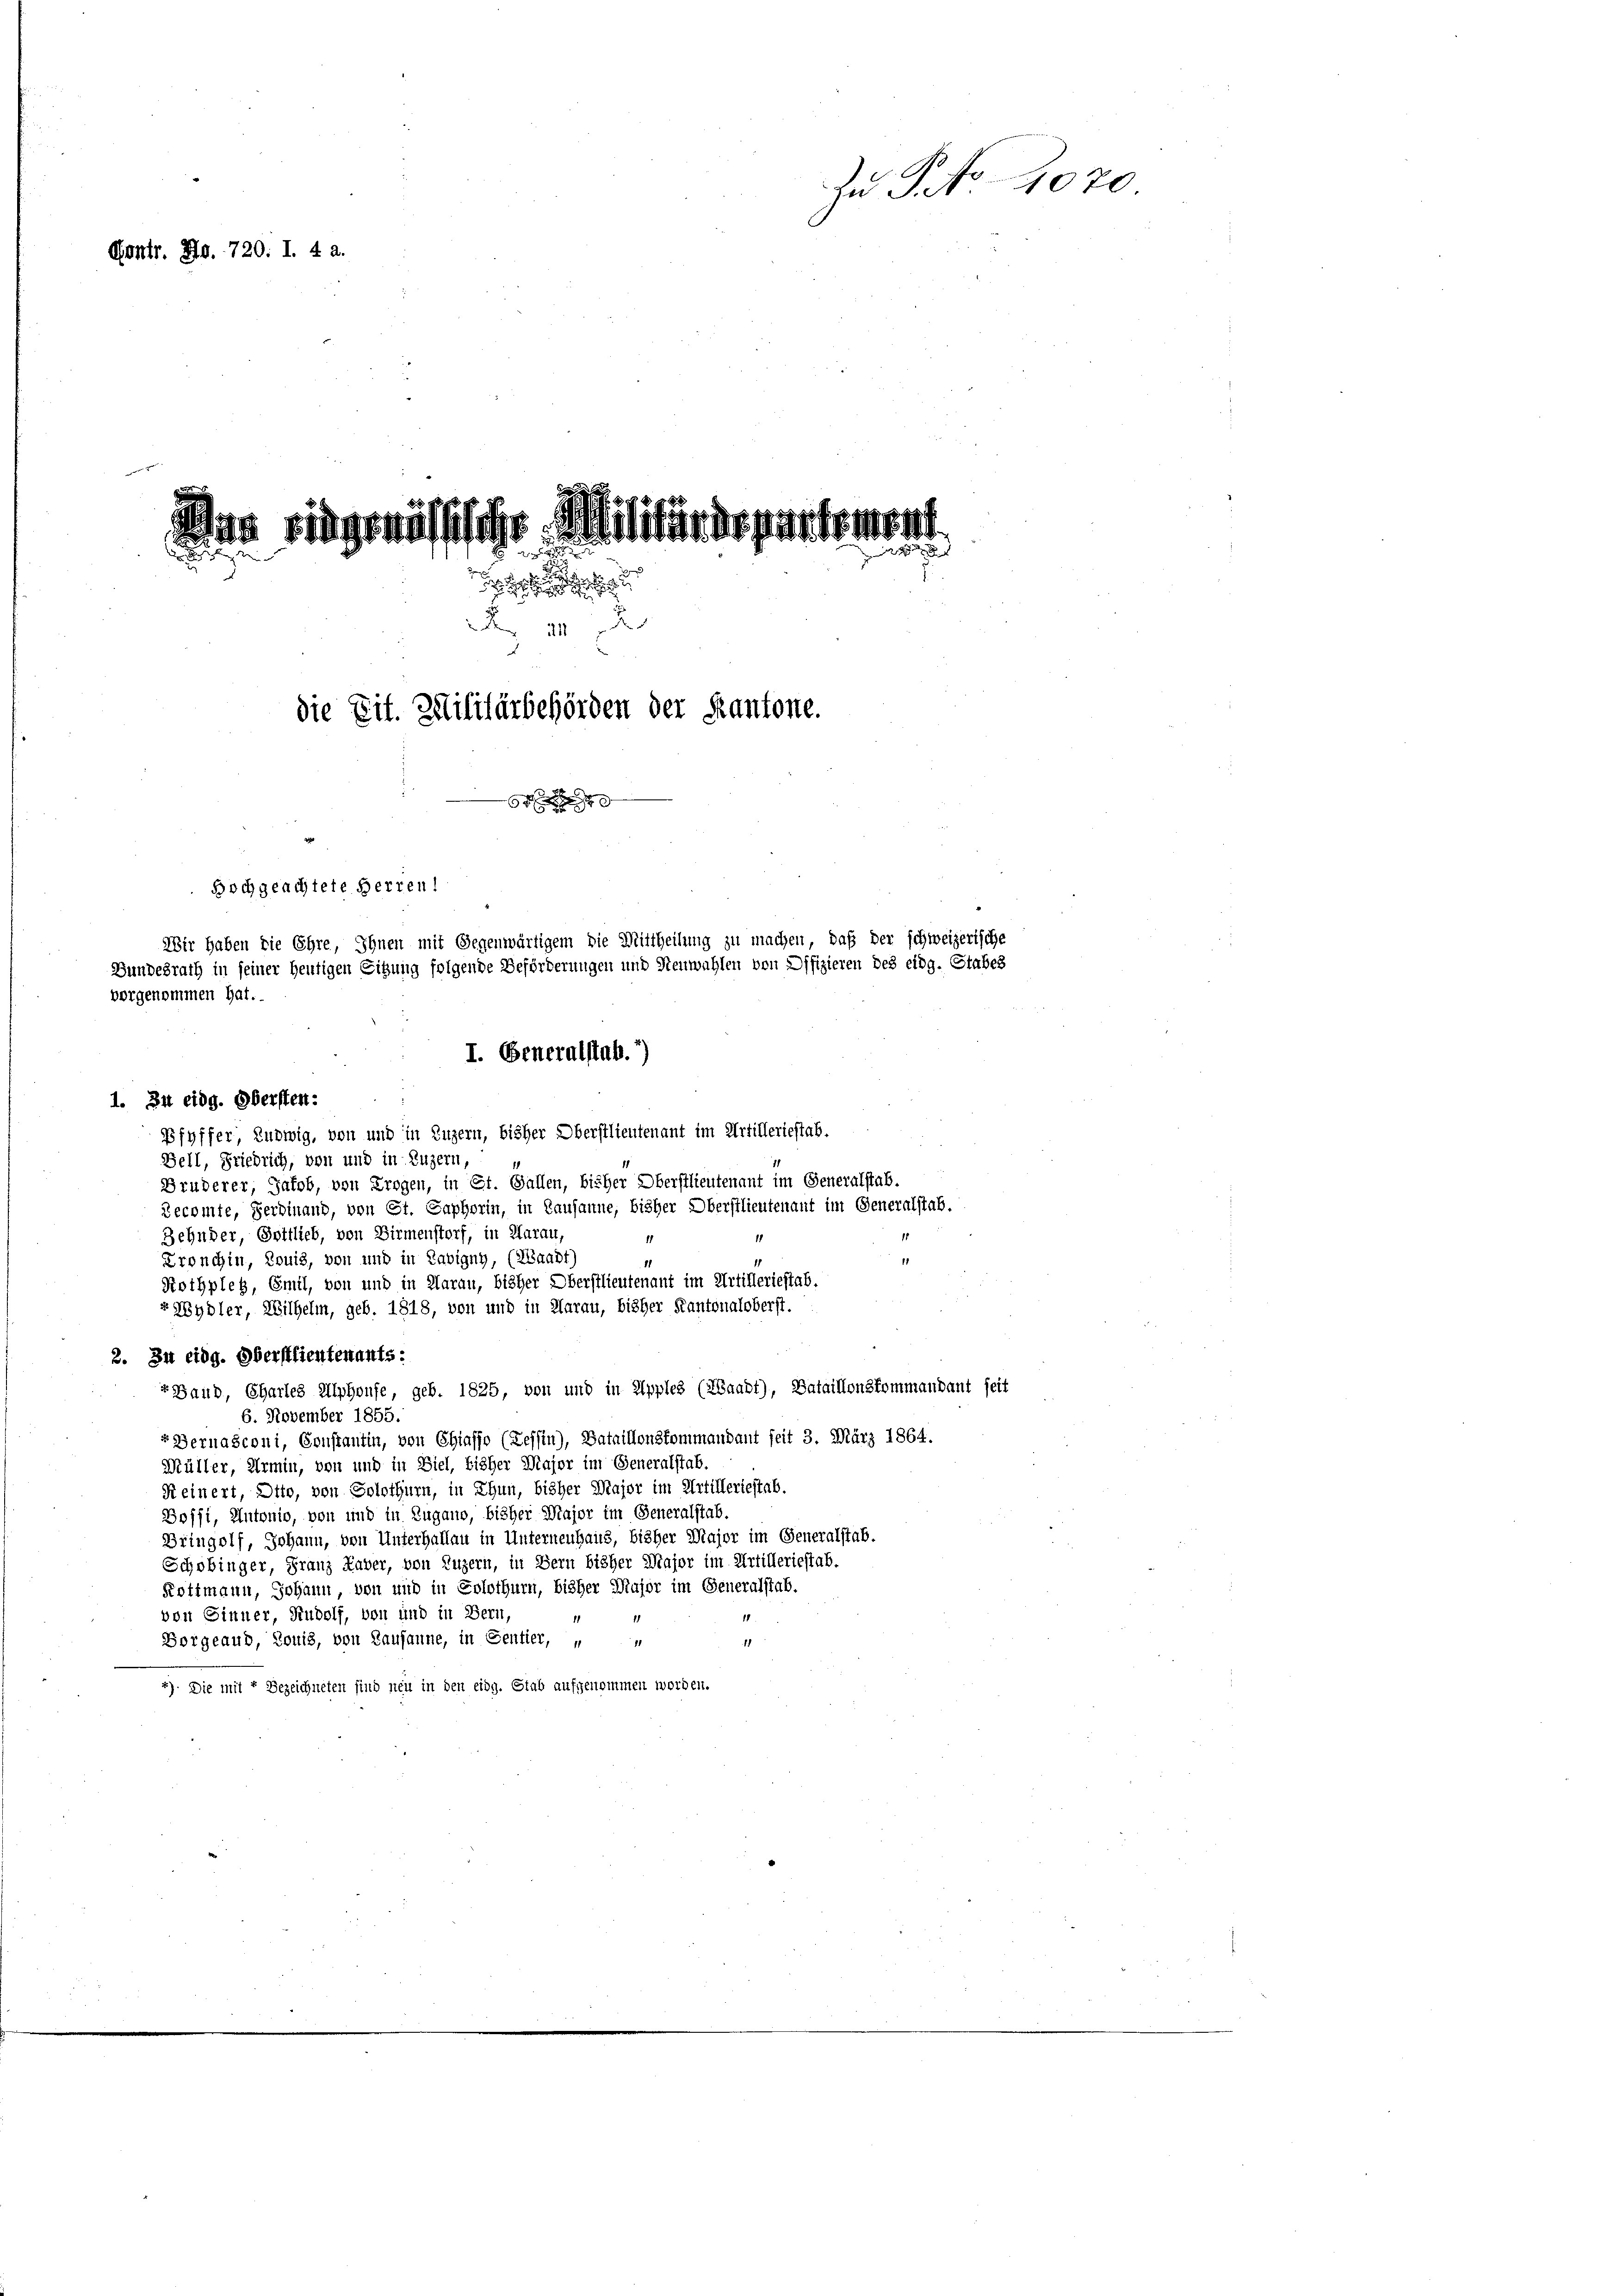
Zu P. No. 2020
Contr. Hr. 720. I. 4 a.

das eidgenössische Militärdepartement

 41
die Tit. Militärbehörden der Kantone.

Hochgeachtete Herren

Wir haben die Ehre, Ihnen mit Gegenwärtigem die Mittheilung zu machen, daß der schweizerische
Gundesrath in seiner heutigen Sitzung folgende Beförderungen und Steuwahlen von Offizieren des eidg. Stabes
Pfyffer, Ludwig, von und in Luzern, bisher Oberstlieutenant im Artilleriestab.
Bell, Friedrich, von und in Luzern,
Bruderer, Jakob, von Trogen, in St. Gallen, bisher Oberstlieutenant im Generalstab.
Recomte, Serbinand, von St. Caphorin, in Lausanne, bisher Oberstlieutenauf im Generalstab.
Zehnder, Gottlieb, von Birmenstorf, in Aarau,
11
Kronchin, Louis, von und in Savigny, (Waadt)
11
Rothpleg, Emil, von und in Aarau, bisher Oberstlieutenant im Artilleriestab.
vHydler, Wilhelm, geb. 1818, von und in Aarau, bisher Kantonaloberst.
2. Zu eidg. Oberstlieutenants:
rGaud, Charles Alphoufe, geb. 1825, von und in Apples (ZGaadt), Bataillonskommandant seit
6. November 1855.
« Bernasconi, Constantin, von Chiaffo (Tessin), Bataillonskommandant seit 3. März 1864.
Müller, Armin, von und in Ziel, bisher Major im Generalstab.
Keinert, Otto, von Solothurn, in Thun, bisher Major im Artilleriestab.
Doffi, Antonio, von und in Zugano, bisher Major im Generalstab.
Bringolf, Johann, von Unterhallau in Unterneuhaus, bisher Major im Generalstab.
Schobinger, Franz Haber, von Luzern, in Bern bisher Major im Artilleriestab.
Kottmann, Johann, von und in Solothurn, bisher Mujor im Generalstab.
von Sinner, Rudolf, von und in Bern,
Vorgeaub, Louis, von Lausanne, in Sentier, „
1
2). Die mit 7 Bezeichneten sind neu in den eidg. Stab aufgenommen worden.

vorgenommen hat.
I. Generalstab. *)
1. Zu eidg. Obersten: